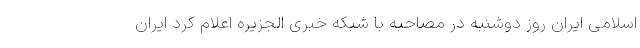
اسلامی ایران روز دوشنبه در مصاحبه با شبکه خبری الجزیره اعلام کرد ایران